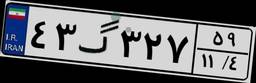
۴۳گ۳۲۷۵۹